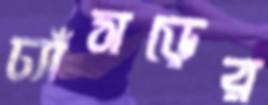
ঢ্যাঁসড়ের